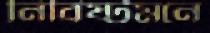
নিবিষ্টমনে